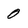
Character: 0